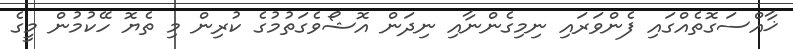
ޚާއްސަގޮތެއްގައި ފެންވަރައި ނިމިގެންނާއި ނިދަން އޮޝޯވެގަތުމުގެ ކުރިން މި ތެޔޮ ހޭކުމުން މީގެ